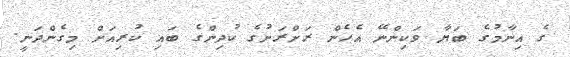
ގެ އިނާމުގެ ބަޔާ ވަކިންނޭ އެހެން ރަށްރަށުގެ ކުދިންގެ ބައި ކުރިއަށް މިގެންދަނީ.